Report on vaccination in Madras 1877-1894 - 1877-1894
Year: 1877
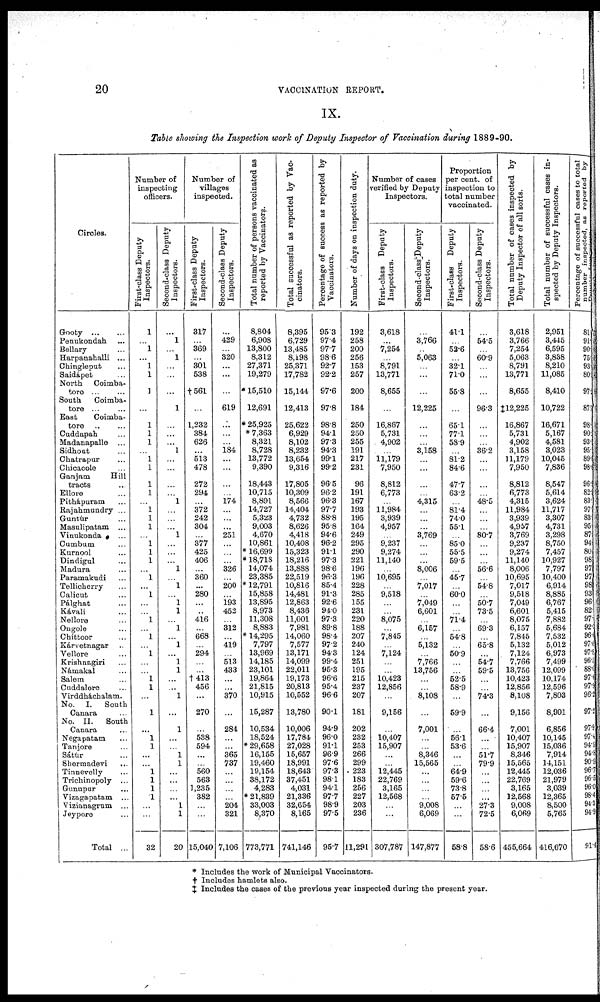
20
VACCINATION REPORT.
IX.
Table showing the Inspection work of Deputy Inspector of Vaccination during 1889-90.
Circles.
Gooty
...
...
Penukondah ...
Bellary ...
Harpanahalli ...
Chingleput ...
Saidápet ...
North Coimba¬
tore
...
...
South
Coimba¬
tore
...
...
East
Coimba¬
tore
...
...
Cuddapah ...
Madanapalle ...
Sidhout ...
Chatrapur ...
Chicacole ...
Ganjam
Hill
tracts ...
Ellore ...
Pithápuram ...
Rajahmundry ...
Guntúr ...
Masulipatam ...
Vinukonda ...
Cumbum ...
Kurnool ...
Dindigul ...
Madura ...
Paramakudi ...
Tellicherry ...
Calicut ...
Pálghat ...
Kávali ...
Nellore ...
Ongole ...
Chittoor ...
Kárvetnagar ...
Vellore ...
Krishnagiri ...
Namakal ...
Salem ...
Cuddalore ...
Virddháchalam.
No. I. South
Canara ...
No. II. South
Canara ...
Negapatam ...
Tanjore ...
Sátur ...
Sliermadevi
...
Tinnevelly ...
Trichinopoly ...
Gunupur ...
Vizagapatam ...
Vizianagrum ...
Jeypore ...
Total ...
Number of
inspecting
officers.
First-class Deputy
Inspectors.
1
...
1
...
1
1
1
...
1
1
1
...
1
1
1
1
...
1
1
1
...
1
1
1
...
1
...
1
...
...
1
...
1
...
1
...
...
1
1
...
1
...
1
1
...
...
1
1
1
1
...
...
32
Second-class Deputy
Inspectors.
...
1
...
1
...
...
...
1
...
...
...
1
...
...
...
...
1
...
...
...
1
...
...
...
1
...
1
...
1
1
...
1
...
1
...
1
1
...
...
1
...
1
...
...
1
1
...
...
...
...
1
1
20
Number of
villages
inspected.
First-class Deputy
Inspectors.
317
...
369
...
301
538
†561
...
1,232
384
626
...
513
478
272
294
...
372
242
304
...
377
425
406
...
360
...
280
...
...
416
...
668
...
294
...
...
†413
456
...
270
...
538
594
...
...
560
563
1,235
382
...
...
15,040
Second-class Deputy
Inspectors.
...
429
...
320
...
...
...
619
...
...
...
184
...
...
...
...
174
...
...
...
251
...
...
...
326
...
200
...
193
452
...
312
...
419
...
513
433
...
...
370
...
284
...
...
365
737
...
...
...
...
204
321
7,106
Total number of persons vaccinated as
reported by Vaccinators.
8,804
6,908
13,800
8,312
27,371
19,279
* 15,510
12,691
* 25,925
* 7,363
8,321
8,728
13,772
9,390
18,443
10,715
8,891
14,727
5,323
9,003
4,670
10,861
* 16,699
* 18,718
14,074
23,385
* 12,791
15,858
13,895
8,973
11,308
8,883
* 14,295
7,797
13,969
14,185
23,101
19,864
21,815
10,915
15,287
10,534
18,524
* 29,658
16,155
19,460
19,154
38,172
4,283
* 21,839
33,003
8,370
773,771
Total successful as reported by Vac-
cinators.
8,395
6,729
13,485
8,198
25,371
17,782
15,144
12,413
25,622
6,929
8,102
8,232
13,654
9,316
17,805
10,309
8,566
14,404
4,732
8,626
4,418
10,408
15,323
18,216
13,888
22,519
10,816
14,481
12,863
8,436
11,001
7,981
14,060
7,577
13,171
14,099
22,011
19,173
20,813
10,552
13,780
10,006
17,784
27,028
15,657
18,991
18,643
37,451
4,031
21,336
32,654
8,165
741,146
Percentage of success as reported by
Vaccinators.
95.3
97.4
97.7
98.6
92.7
92.2
97.6
97.8
98.8
94.1
97.3
94.3
99.1
99.2
96.5
96.2
96.3
97,7
88.8
95.8
94.6
96.2
91.1
97.3
98.6
96.3
85.4
91.3
92.6
94.0
97.3
89.8
98.4
97.2
94.3
99.4
95.3
96.6
95.4
96.6
90.1
94.9
96.0
91.1
96.9
97.6
97.3
98.1
94.1
97.7
98.9
97.5
95.7
Number of days on inspection duty.
192
258
200
256
153
257
200
184
250
250
255
191
217
231
96
191
167
193
195
164
249
295
290
221
196
196
228
285
155
231
220
188
207
240
124
251
195
215
237
207
181
202
232
253
266
299
223
183
256
227
203
236
11,291
Number of cases
verified by Deputy
Inspectors.
First-class Deputy
Inspectors.
3,618
...
7,254
...
8,791
13,771
8,655
...
16,867
5,731
4,902
...
11,179
7,950
8,812
6,773
...
11,984
3,939
4,957
...
9,237
9,274
11,140
...
10,695
...
9,518
...
...
8,075
...
7,845
...
7,124
...
...
10,423
12,856
...
9,156
...
10,407
15,907
...
...
12,445
22,769
3,165
12,568
...
...
307,787
Second-class Deputy
Inspectors.
...
3,766
...
5,063
...
...
...
12,225
...
...
...
3,158
...
...
...
...
4,815
...
...
...
3,769
...
...
...
8,006
...
7,017
...
7,049
6,601
...
6,167
...
5,132
...
7,766
13,756
...
...
8,108
...
7,001
...
...
8,346
15,565
...
...
...
...
9,008
6,069
147,877
Proportion
per cent. of
inspection to
total number
vaccinated.
First-class Deputy
Inspectors.
41.1
...
52.6
...
32.1
71.0
55.8
...
65.1
77.1
58.9
...
81.2
84.6
47.7
63.2
...
81.4
74.0
55.1
...
85.0
55.5
59.5
...
45.7
...
60.0
...
...
71.4
...
54.8
...
50.9
...
...
52.5
58.9
...
59.9
...
56.1
53.6
...
...
64.9
59.6
73.8
57.5
...
...
58.8
Second-class Deputy
Inspectors.
...
54.5
...
60.9
...
...
96.3
...
...
...
88.2
...
...
...
...
48.5
...
...
...
80.7
...
...
...
56.6
...
54.8
...
50.7
73.5
...
69.3
...
65.8
...
54.7
59.5
...
...
74.3
...
66.4
...
...
51.7
79.9
...
...
...
...
27.3
72.5
58.6
Total number of cases inspected by
Deputy Inspector of all sorts.
3,618
3,766
7,254
5,063
8,791
13,771
8,655
‡12,225
16,867
5,731
4,902
3,158
11,179
7,950
8,812
6,773
4,315
11,984
3,939
4,957
3,769
9,237
9,274
11,140
8,006
10,695
7,017
9,518
7,049
6,601
8,075
6,157
7,845
5,132
7,124
7,766
13,756
10,423
12,856
8,108
9,156
7,001
10,407
15,907
8,346
15,565
12,445
22,769
3,165
12,568
9,008
6,069
455,664
Total number of successful cases in-
spected by Deputy Inspectors.
2,951
3,445
6,595
3,838
8,210
11,085
8,410
10,722
16,671
5,167
4,581
3,023
10,045
7,836
8,547
5,614
3,624
11,717
3,307
4,731
3,298
8,750
7,457
10,927
7,797
10,400
6,914
8,885
6,767
5,415
7,882
5,684
7,532
5,012
6,973
7,499
12,099
10,174
12,596
7,803
8,901
6,856
10,145
15,036
7,914
14,151
12,036
21,979
3,039
12,365
8,500
5,765
416,670
Percentage of successful cases to total
number
inspected,
as
reported
by
Deputy
Inspector.
81.
91.
90.
75.
93.
80.
97.
87. 7
98.8
90.5
93.
95.
89.8
98.6
96.9
82.9
83. 9
97.
83.
95.
87.
94.
80.
98.
97.
97.
98.
93.
96.
82.
97.
92.3
96. 0
97.6 97.8
96.5
88.0
97.6
97.9
96.2
97.2
97.9
97.4
94.5
94.8
90.9
96.7
96.5
96.0
98.4
94.3
94.9
91.4
* Includes the work of Municipal Vaccinators.
† Includes hamlets also.
‡ Includes the cases of the previous year inspected during the present year.